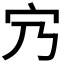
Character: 𡦺